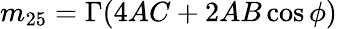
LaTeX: m_{25}=\Gamma(4AC+2AB\cos\phi)